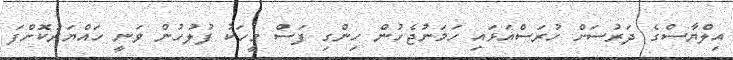
އިލްޔާސްގެ ދަރުސަށް ހުރަސްއަޅައި ހަމަނުޖެހުން ހިންގި ފަސް މީހަކު ފުލުހުން ވަނީ ހައްޔަރުކޮށްފަ